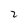
Character: 2